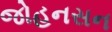
જોહનસન